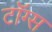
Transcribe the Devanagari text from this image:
टॉग्स